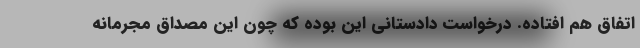
اتفاق هم افتاده. درخواست دادستاني اين بوده كه چون اين مصداق مجرمانه